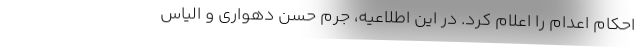
احکام اعدام را اعلام کرد. در این اطلاعیه، جرم حسن دهواری و الیاس